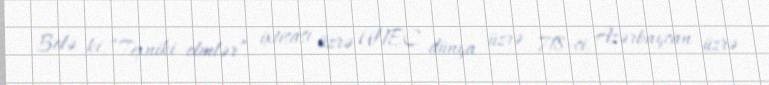
Belə ki, “Texniki elmlər” ixtisası üzrə UNEC dünya üzrə 718-ci, Azərbaycan üzrə